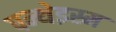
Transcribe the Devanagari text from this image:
पन्थेइस्म